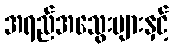
အရည်အသွေးများနှင့်